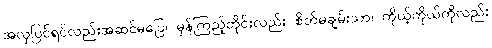
အလှပြင်ရင်လည်းအဆင်မပြေ၊ မှန်ကြည့်တိုင်းလည်း စိတ်မချမ်းသာ၊ ကိုယ့်ကိုယ်ကိုလည်း